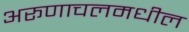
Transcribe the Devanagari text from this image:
अरूणाचलमधील